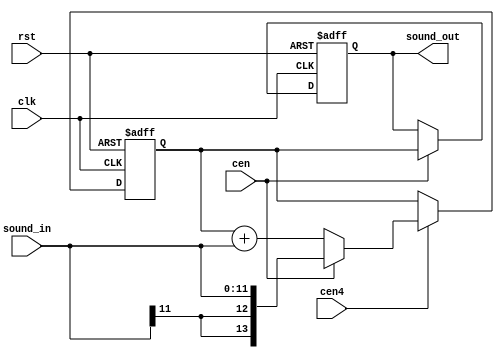
/*
  
   Multicore 2 / Multicore 2+
  
   Copyright (c) 2017-2020 - Victor Trucco

  
   All rights reserved
  
   Redistribution and use in source and synthezised forms, with or without
   modification, are permitted provided that the following conditions are met:
  
   Redistributions of source code must retain the above copyright notice,
   this list of conditions and the following disclaimer.
  
   Redistributions in synthesized form must reproduce the above copyright
   notice, this list of conditions and the following disclaimer in the
   documentation and/or other materials provided with the distribution.
  
   Neither the name of the author nor the names of other contributors may
   be used to endorse or promote products derived from this software without
   specific prior written permission.
  
   THIS CODE IS PROVIDED BY THE COPYRIGHT HOLDERS AND CONTRIBUTORS "AS IS"
   AND ANY EXPRESS OR IMPLIED WARRANTIES, INCLUDING, BUT NOT LIMITED TO,
   THE IMPLIED WARRANTIES OF MERCHANTABILITY AND FITNESS FOR A PARTICULAR
   PURPOSE ARE DISCLAIMED. IN NO EVENT SHALL THE AUTHOR OR CONTRIBUTORS BE
   LIABLE FOR ANY DIRECT, INDIRECT, INCIDENTAL, SPECIAL, EXEMPLARY, OR
   CONSEQUENTIAL DAMAGES (INCLUDING, BUT NOT LIMITED TO, PROCUREMENT OF
   SUBSTITUTE GOODS OR SERVICES; LOSS OF USE, DATA, OR PROFITS; OR BUSINESS
   INTERRUPTION) HOWEVER CAUSED AND ON ANY THEORY OF LIABILITY, WHETHER IN
   CONTRACT, STRICT LIABILITY, OR TORT (INCLUDING NEGLIGENCE OR OTHERWISE)
   ARISING IN ANY WAY OUT OF THE USE OF THIS SOFTWARE, EVEN IF ADVISED OF THE
   POSSIBILITY OF SUCH DAMAGE.
  
   You are responsible for any legal issues arising from your use of this code.
  
*//*  This file is part of JT6295.
    JT6295 program is free software: you can redistribute it and/or modify
    it under the terms of the GNU General Public License as published by
    the Free Software Foundation, either version 3 of the License, or
    (at your option) any later version.

    JT6295 program is distributed in the hope that it will be useful,
    but WITHOUT ANY WARRANTY; without even the implied warranty of
    MERCHANTABILITY or FITNESS FOR A PARTICULAR PURPOSE.  See the
    GNU General Public License for more details.

    You should have received a copy of the GNU General Public License
    along with JT6295.  If not, see <http://www.gnu.org/licenses/>.

    Author: Jose Tejada Gomez. Twitter: @topapate
    Version: 1.0
    Date: 6-1-2020 */



module jt6295_acc(
    input                rst,
    input                clk,
    input                cen,
    input                cen4,
    input  signed [11:0] sound_in,
    output signed [13:0] sound_out
);

reg signed [13:0] acc, sum;

always @(posedge clk, posedge rst) begin
    if( rst ) begin
        acc <= 14'd0;
    end else if(cen4) begin
        acc <= cen ? sound_in : acc + sound_in;        
    end
end

always @(posedge clk, posedge rst) begin
    if( rst ) begin
        sum <= 14'd0;
    end else if(cen) begin
        sum <= acc;
    end
end
/*
jt12_interpol #(.calcw(14+4), .inw(14), 
    .n(2),    // number of stages
    .m(2),    // depth of comb filter
    .rate(4)  // it will stuff with as many as (rate-1) zeros
) u_interpol(
    .rst        ( rst       ),
    .clk        ( clk       ),
    .cen_in     ( cen       ),
    .cen_out    ( cen4      ),
    .snd_in     ( sum       ),
    .snd_out    ( sound_out )
);
*/
assign sound_out = sum;
endmodule